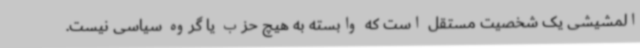
المشیشی یک شخصیت مستقل است که وابسته به هیچ حزب یا گروه سیاسی نیست.